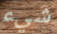
شيء